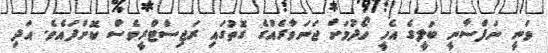
ވަނީ ނަފްސާނީ ބަލީގެ އެހީ ހޯދުމަށް ޖަނަވާރެއްގެ ގޮތުގައި ރަޖިސްޓްރީވެސް ކޮށްފައެވެ. އަދި